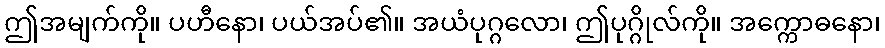
ဤအမျက်ကို။ ပဟီနော၊ ပယ်အပ်၏။ အယံပုဂ္ဂလော၊ ဤပုဂ္ဂိုလ်ကို။ အက္ကောဓနော၊